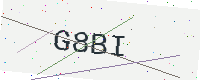
Text: G8BI